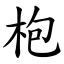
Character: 枹